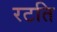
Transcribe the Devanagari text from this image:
रटति